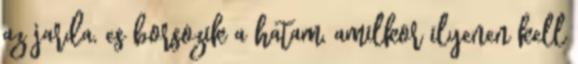
az jarda, es borsozik a hatam, amilkor ilyenen kell